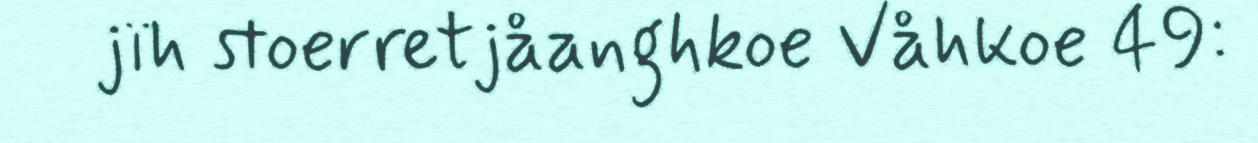
jïh stoerretjåanghkoe Våhkoe 49: